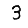
Digit: 3